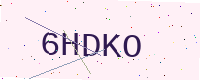
Text: 6HDKO